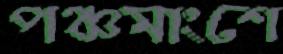
পঞ্চমাংশে